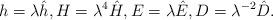
LaTeX: \begin{align*}h=\lambda \hat{h}, H=\lambda^4\hat{H},E=\lambda\hat{E},D=\lambda^{-2}\hat{D}.\end{align*}